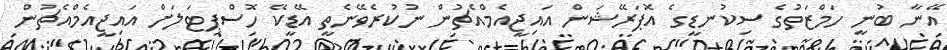
އޭނާ ބުނީ ހަމްޒަތުގެ ސިކުނޑީގެ އޮޕަރޭޝަން އައިޖީއެމްއެޗުން ނުކުރެވޭނެތީ އޭޑީކޭ ހޮސްޕިޓަލަށް އައިޖީއެމްއެޗުން